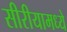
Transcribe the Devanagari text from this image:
सीरीयामध्ये